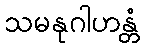
သမနုဂါဟန္တံ